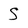
Character: S